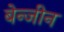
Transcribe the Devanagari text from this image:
बेन्जीन